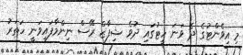
މި އިވެންޓުގެ ދެ ވަނަ ހީޓުގައި ދުވެ ޝިފާޒް ރޭސް ނިންމާފައިވަނީ ހަތަރު